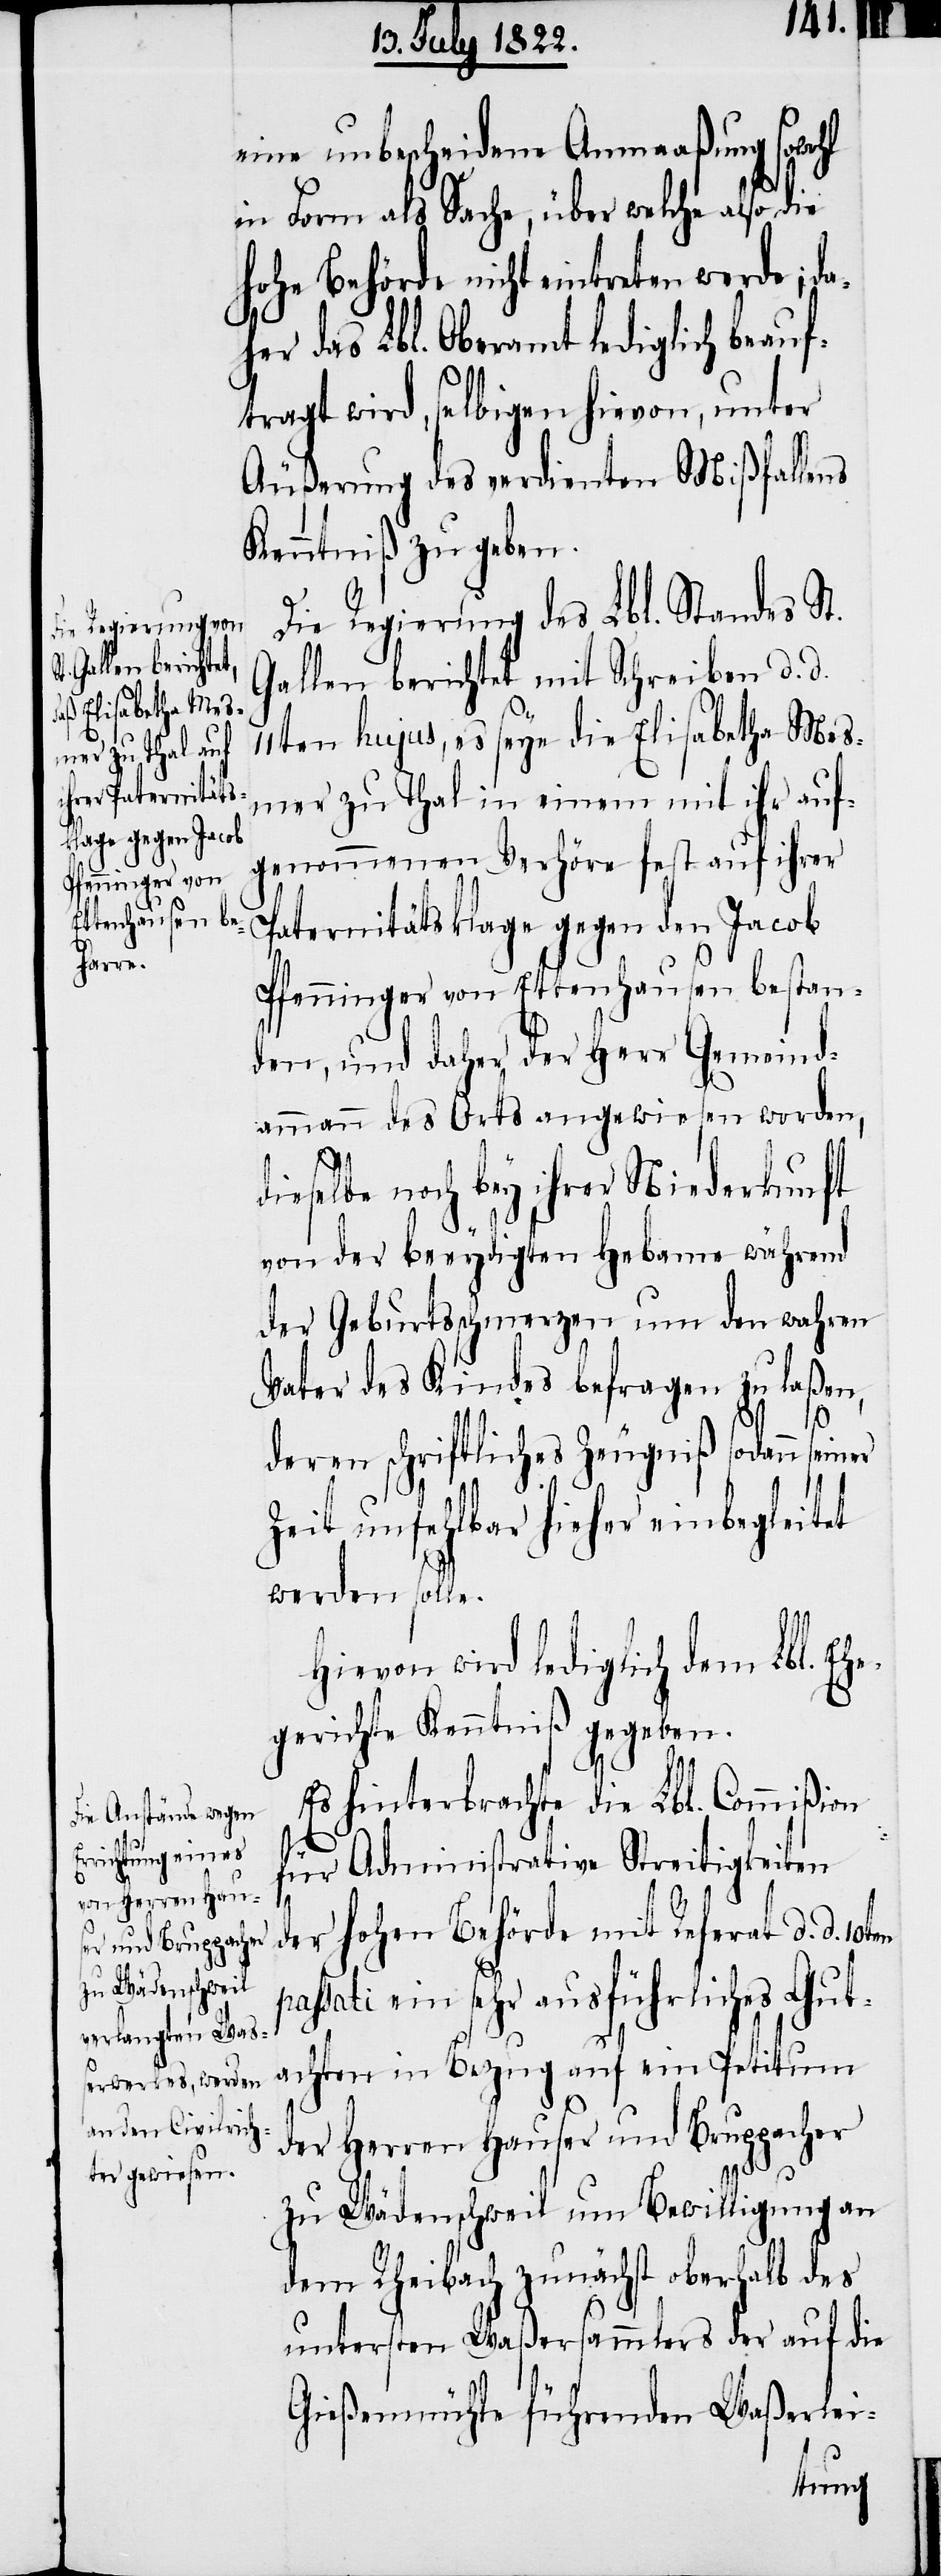
d¬
en p¬

eine unbescheidene Anmaaßung sowohl
in Form als Sache, über welche also
Hohe Behörde nicht eintreten werde; d¬
her das Lbl. Oberamt lediglich beauf¬
tragt wird, selbigen hievon, unter
Äußerung des verdienten Mißfallens
Kenntniß zu geben.
Die Regierung des Lbl. Standes St.
Gallen berichtet mit Schreiben d. d.
11ten hujus, es seye die Elisabeth Mes¬
mer zu Thal in einem mit ihr auf¬
genommenen Verhöre fest auf ihrer
Paternitätsklage gegen den Jacob
Pfenninger von Ettenhausen bestan¬
den, und daher der Herr Gemeind¬
ammann des Orts angewiesen worden,
ieselbe noch bey ihrer Niederkunft
von der beeydigten Hebame während
der Geburtsschmerzen um den wahren
Vater des Kindes befragen zu laßen,
deren schriftliches Zeugniß sodann seiner
Zeit unfehlbar hieher einbegleitet
werden solle.
Hievon wird lediglich dem Lbl. Eh¬
egerichte Kenntniß gegeben.
Es hinterbrachte die Lbl. Commißion
für Administrative Streitigkeiten
der Hohen Behörde mit Referat d. d. 10t¬
assati ein sehr ausführliches Gut¬
achten in Bezug auf ein Petitum
der Herren Hauser und Bruppacher
zu Wädenschweil um Bewilligung an
dem Rheibach zunächst oberhalb des
untersten Waßersammlers der auf die
Grießmühle führenden Waßerlei-